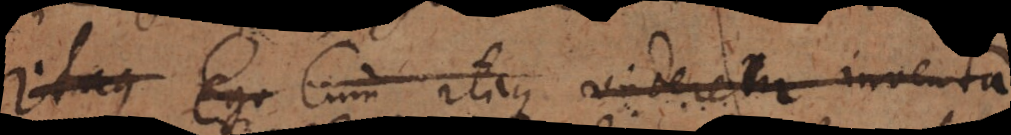
Itaque Ego Cum itaque videretur inventa